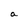
Character: a